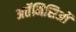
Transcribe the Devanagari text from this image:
अर्तेमिसिओं